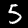
Digit: 5